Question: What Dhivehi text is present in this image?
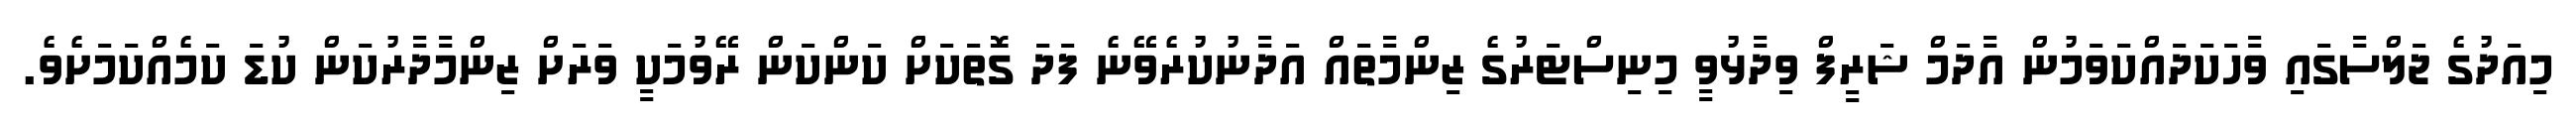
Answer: މިއަދުގެ ޖަލްސާގައި ވާހަކަދައްކަވަމުން އާދަމް ޝަރީފް ވިދާޅުވީ މިނިސްޓަރުގެ ޒިންމާތައް އަދާނުކުރެވޭނެ ފަދަ ގޮތަކަށް ކަންކަން ރޭވުމަކީ ވަރަށް ޒިންމާދާރުކަން ކުޑަ ކަމެއްކަމަށެވެ.